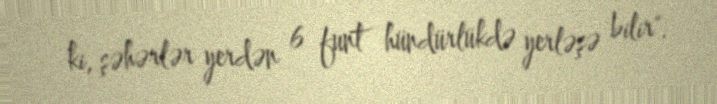
ki, şəhərlər yerdən 6 funt hündürlükdə yerləşə bilir".